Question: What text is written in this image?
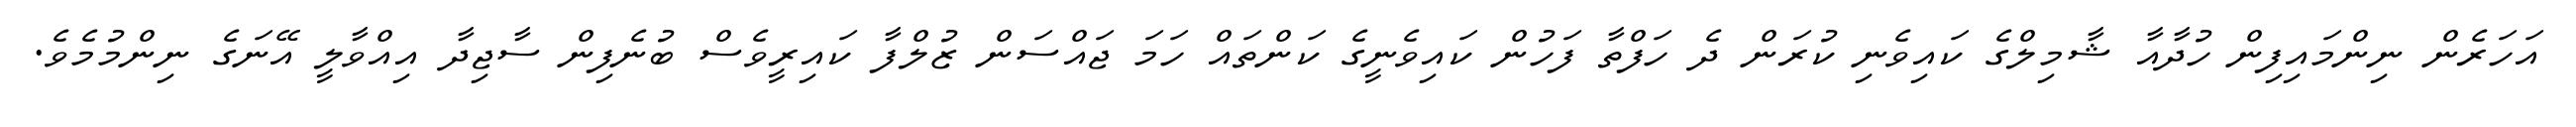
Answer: އަހަރެން ނިންމައިފިން ހުދާއާ ޝާމިލްގެ ކައިވެނި ކުރަން ދެ ހަފްތާ ފަހުން ކައިވެނީގެ ކަންތައް ހަމަ ޖައްސަން ޒުލްފާ ކައިރީވެސް ބުނެފިން ސާޖިދާ އިއްވާލީ އޭނަގެ ނިންމުމެވެ.